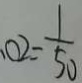
. 0 2 = \frac { 1 } { 5 0 }